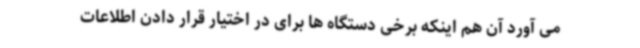
می آورد آن هم اینکه برخی دستگاه ها برای در اختیار قرار دادن اطلاعات